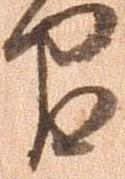
間